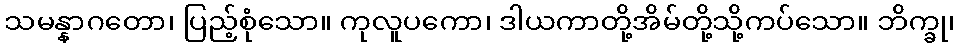
သမန္နာဂတော၊ ပြည့်စုံသော။ ကုလူပကော၊ ဒါယကာတို့အိမ်တို့သို့ကပ်သော။ ဘိက္ခု၊